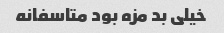
خیلی بد مزه بود متاسفانه